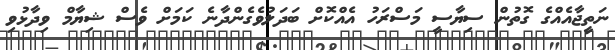
ނަތީޖާއެއްގެ ގޮތުން ސިޔާސީ މަސްރަހު އެއްކޮށް ބަދަލުވެގެންދާނެ ކަމަށް ވެސް ޝިޔާމް ވިދާޅުވި